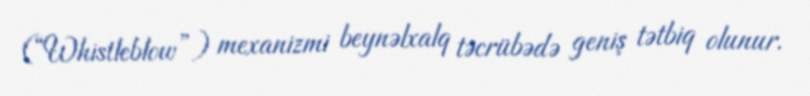
(“Whistleblow”) mexanizmi beynəlxalq təcrübədə geniş tətbiq olunur.